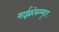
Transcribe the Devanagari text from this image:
माईक्रोकम्प्यूटर